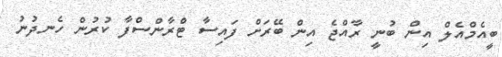
ބީއެމްއެލް އިން ބުނީ ރާއްޖެ އިން ބޭރަށް ފައިސާ ޓްރާންސްފާ ކުރުން ހެނދުނު